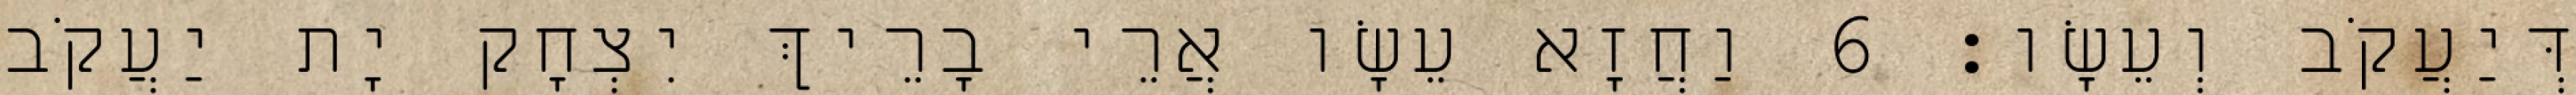
דְּיַעֲקֹב וְעֵשָׂו׃ 6 וַחֲזָא עֵשָׂו אֲרֵי בָרֵיךְ יִצְחָק יָת יַעֲקֹב